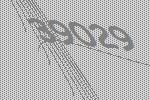
39029